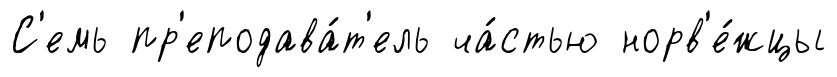
С'емь пр'еподава́т'ель ча́стью норв'е́жцы